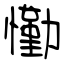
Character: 懄